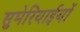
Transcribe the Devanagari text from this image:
सुमेरियाईयों